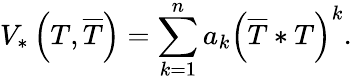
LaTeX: V_{*}\left(T,\overline{{{T}}}\right)=\sum_{k=1}^{n}a_{k}\left(\overline{{{T}}}*T\right)^{k}.